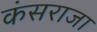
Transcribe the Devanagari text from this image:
कंसराजा